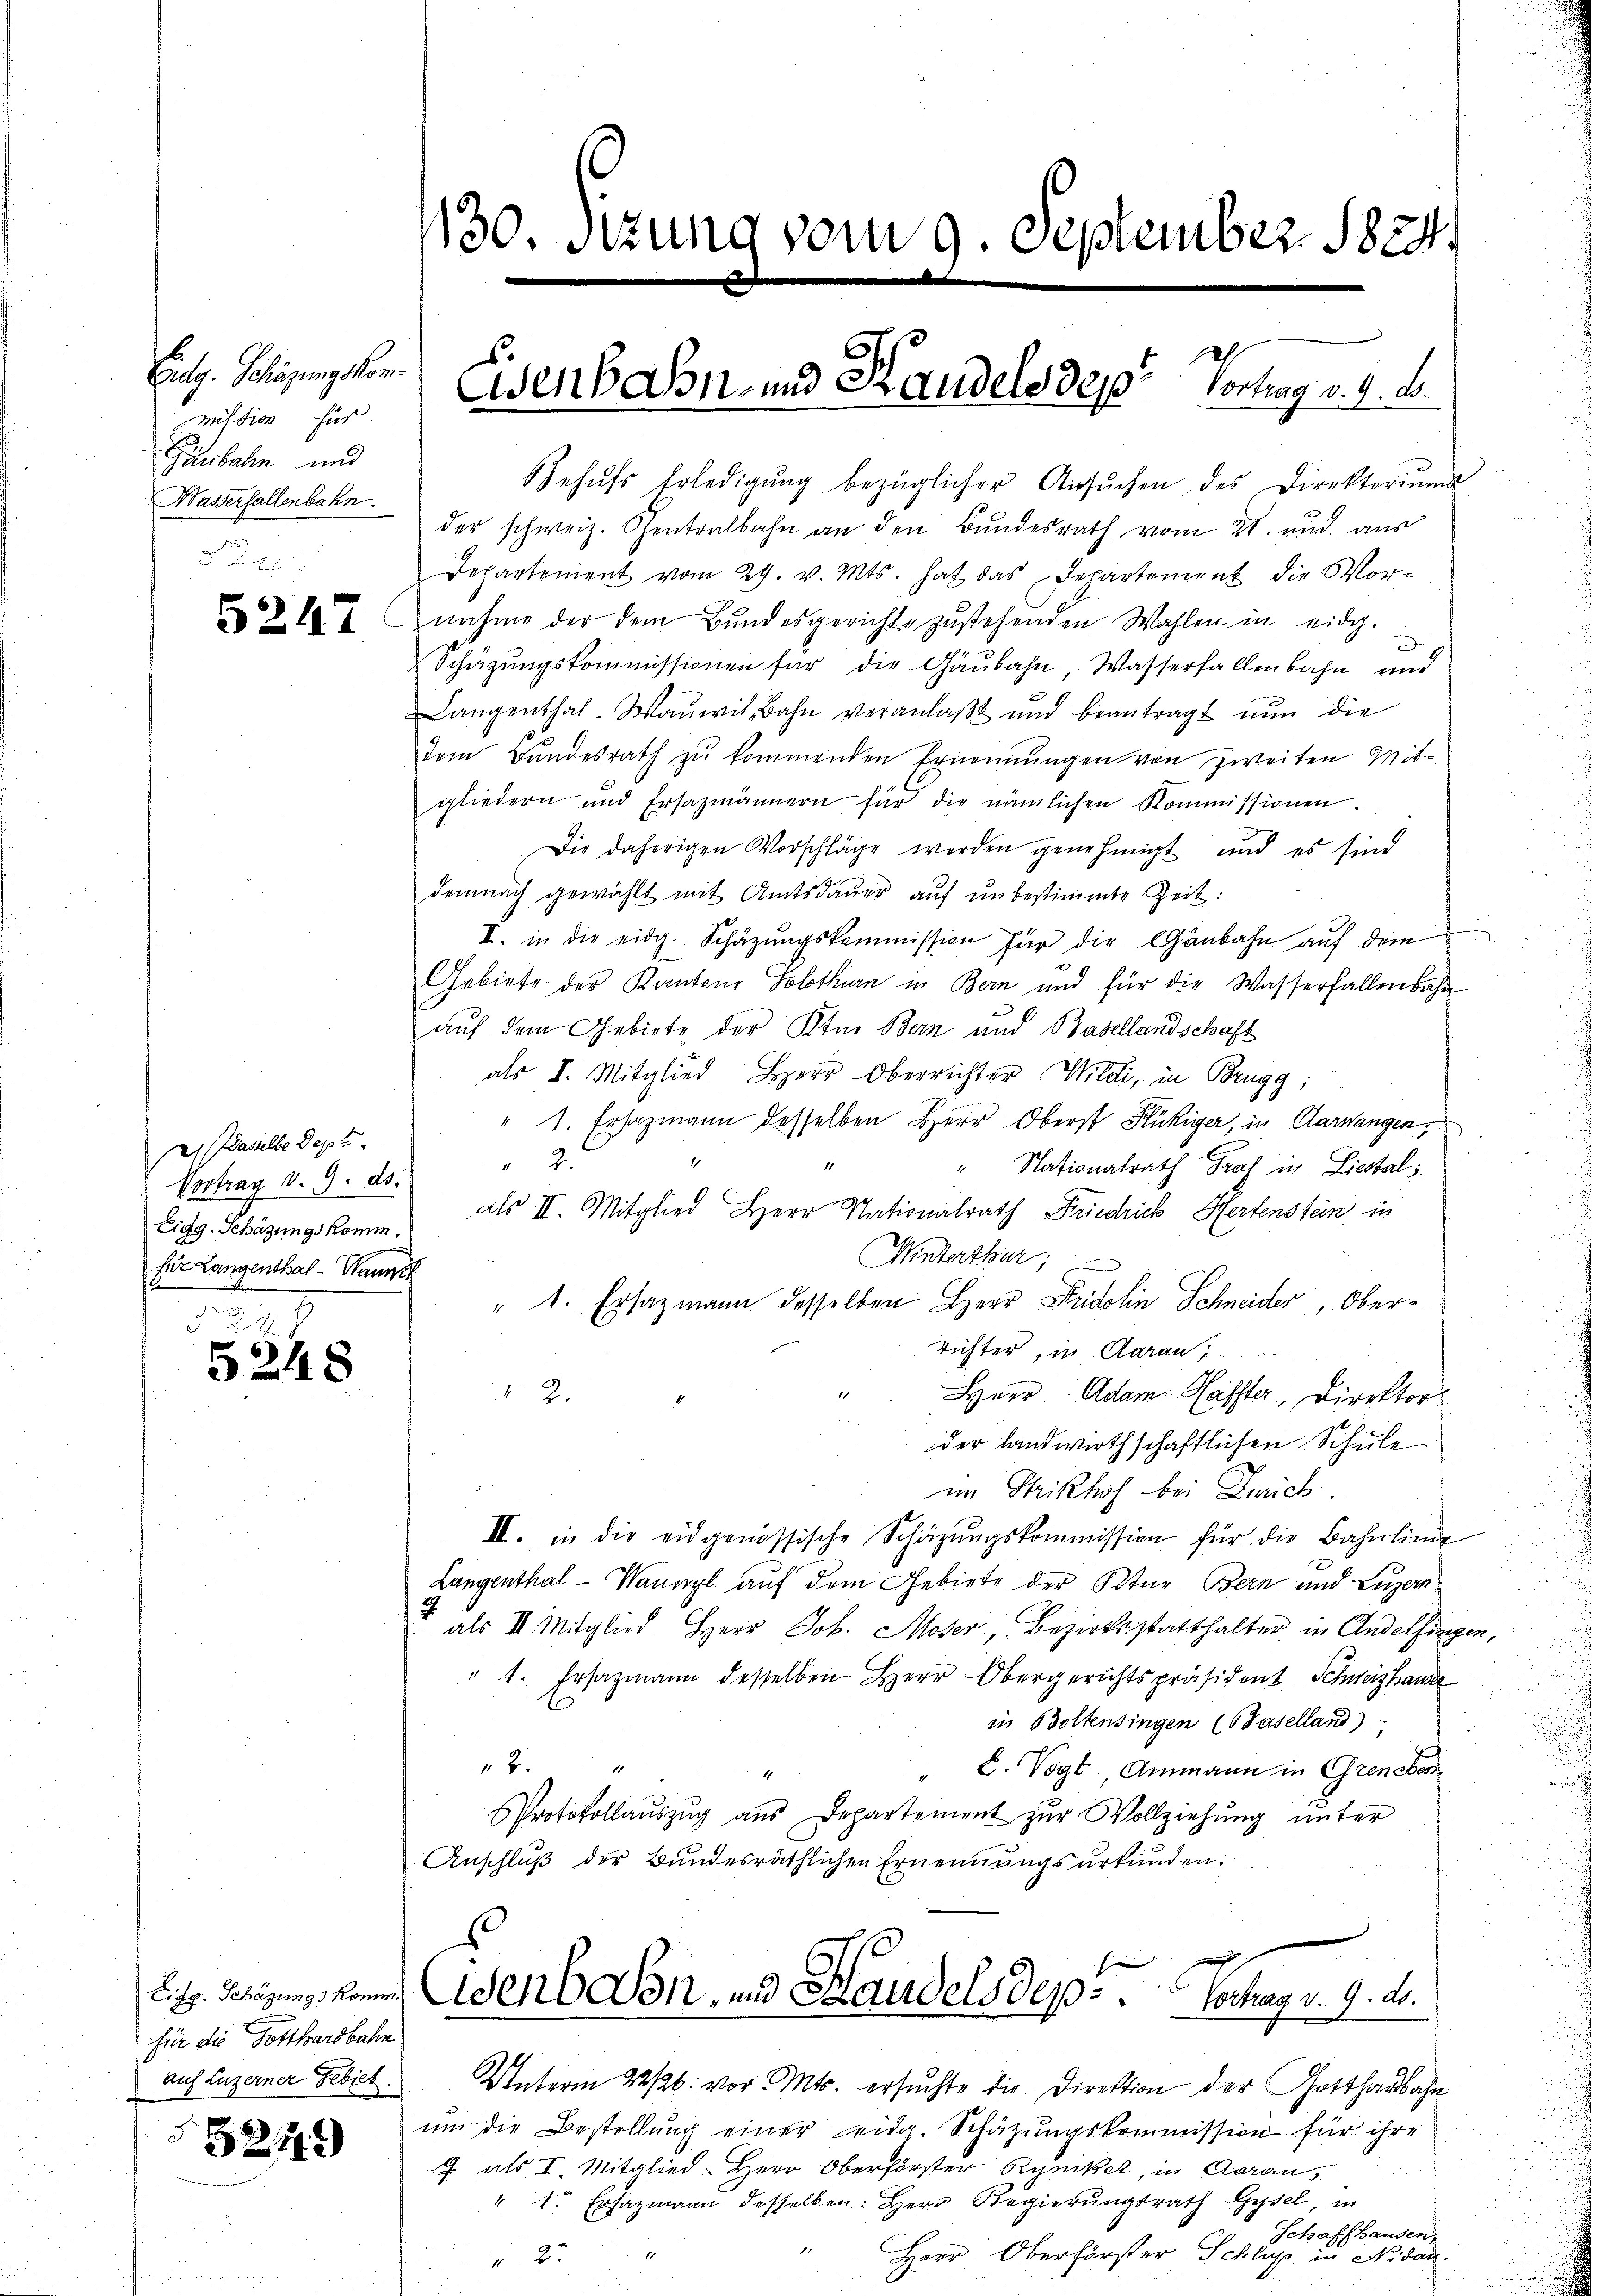
Eidg. Schazungskom
Miltion für
Gaubahn und
Basserfallenbahn.

5247

Wasselbe Sept.
Vortrag v. 9. ds.
Eidg. Schäzungskomm.
fie Langenthal-Waunch

2
5248

für die Gotthardbahn
auf Luzerner Gebiet.

2212

130. Sitzung vom 9. September 1824.

Behŭfs Erledigŭng bezüglicher Ansŭchen des Direktoriŭm
der schweiz. Centralbahn an den Bundesrath vom 21. und aus
Departement vom 29. v. Mts. hat das Departement die Wor-
nahme der dem Bŭndesgerichte zŭstehenden Wahlen in eidg.
Schützŭngskommissionen für die Gaubahn, Wasserfallenbahn und
Langenthal-Waueit, Bahn veranlaßt und beantragt nun die
dem Bundesrath zu kommenden Ernennungen von zweiten Mitgliedern und Ersazmännern für die nämlichen Kommissionen.
Die daherigen Vorschläge werden genehmigt und es sind
demnach gewählt mit Amtsdaŭer auf unbestimmte Zeit:
e
I. in die eidg. Schätzungskommission für die Gänbahn auf dem
Gebiete der Kantons Solothurn in Bern und für die Wasserfallenbahn
auf dem Gebiete der Ktn. Bern und Basellandschaft
als I. Mitglied Herr Oberrichter Wildi, in Brugg;
" 1. Ersazmann desselben Herr Oberst Flückiger, in Aargangen,
1
2.
" Nationalrath Graf in Liestal
als II. Mitglied Herr Nationalrath Friedrich Hertenstein in
Winterthur,
" 1. Ersatzmann desselben Herr Fidelin Schneider, Oberrichter, in Aarau
12.
Herr Adam Halster, Direktor
der landwirthschaftlichen Schule
im Strikhof bei Zürich
II. in die eidgenössische Schäzŭngskommission für die Bahnlinie
Langenthal-Waunzl auf dem Gebiete der Otter Bern und Luzern
als II. Mitglied Herr Job. Moser, Bezirksstatthalter in Andelfingen,
" 1. Ersazmann desselben Herr Obergerichtspräsident Schweizhause
in Boltensingen (Paselland),
18
" C. Vogt, Ammann in Greneben
Protokollaŭszŭg aŭs Departement zŭr Vollziehŭng ŭnter
Anschluß der Bundesräthlichen Ernennungsurkunden.

Eisenbahn- und Kandels des Vortrag v. 9. d.

27. den zu den von und Handels dep.  ..  .   Contrag v. 9. d.

Unterm 22/26. vor. Mts. ersuchte die Direktion der Gotthardbahn
um die Bestellung einer eidg. Schätzungskommission für ihre
J. als I. Mitglied-Herr Oberförster Rynkel, in Aaraus
" 1. Ersazmann desselben: Herr Regierŭngsrath Gysel, in
Schaffhausen,
No. 2.
11
Herr Oberförster Schluß in Nidan
 2.